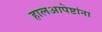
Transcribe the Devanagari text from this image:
हालआपेष्टांना